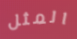
المثل